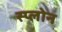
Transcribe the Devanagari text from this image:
स्प्लोन